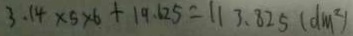
3 . 1 4 \times 5 \times 6 + 1 9 . 6 2 5 = 1 1 3 . 8 2 5 ( d m ^ { 2 } )